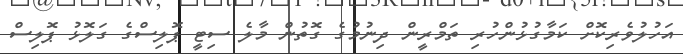
އަހުލުވެރިކޮށް ކަމާގުޅުންހުރި ތަމްރީން ދިނުމުގެ ގޮތުން މާލެ ސިޓީ ޕޮލިސްގެ ގަލޮޅު ޕޮލިސް